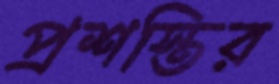
প্রশস্তির